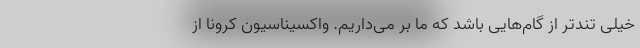
خیلی تندتر از گام‌هایی باشد که ما بر می‌داریم. واکسیناسیون کرونا از